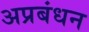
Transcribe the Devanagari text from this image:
अप्रबंधन